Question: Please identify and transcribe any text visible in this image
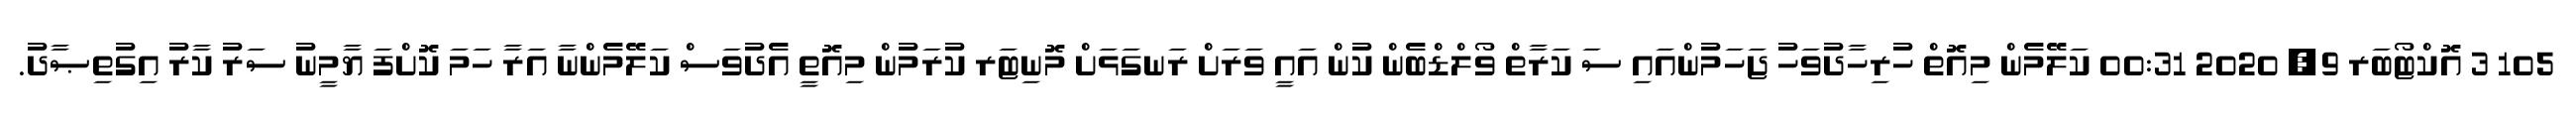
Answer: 105 3 އޮކްޓޯބަރ 9, 2020 00:31 ކަލޭމެން މިއޮތް ހުރިހާދުވަހު ޖަހަމުންއައި ސަ ކަރާތް ވޯލްޑްބެން ކުން އައީ ވަރަށް ރަނގަޅަށް މޮނިޓަރ ކުރަމުން މިއޮތީ އެދުވަސް ކަލޭމެންނާ އަރާ ހަމަ ކޮށްފަ ޔާމީނު ސަރު ކާރު އިގުތިޞާދު.